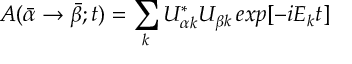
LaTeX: A ( \bar { \alpha } \rightarrow \bar { \beta } ; t ) = \sum _ { k } U _ { \alpha k } ^ { * } U _ { \beta k } \, e x p [ - i E _ { k } t ]